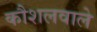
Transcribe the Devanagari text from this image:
कौशलवाले